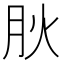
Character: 𭨬